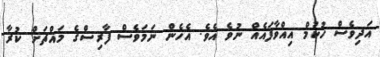
އަދިވެސް ހުކުމް އިއްވާފައެއް ނުވެ އެވެ. އެހެން ނަމަވެސް ފާރިސްގެ މައްޗަށް ކުރާ